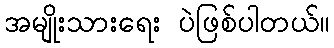
အမျိုးသားရေး ပဲဖြစ်ပါတယ်။